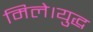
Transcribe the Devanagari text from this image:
मिले।युद्ध